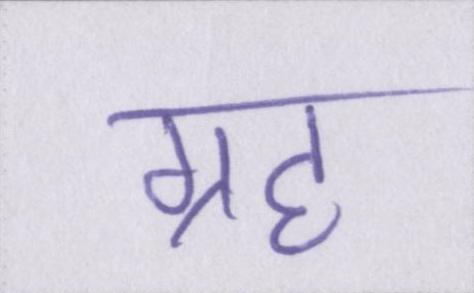
ग्रह